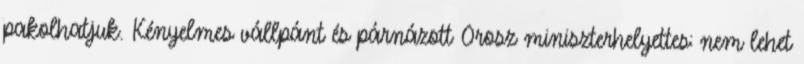
pakolhatjuk. Kényelmes vállpánt és párnázott Orosz miniszterhelyettes: nem lehet